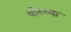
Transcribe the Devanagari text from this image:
बोरुच्या